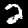
Label: 2